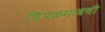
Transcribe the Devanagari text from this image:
पिंपळगावची